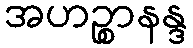
အဟဉ္စာနန္ဒ